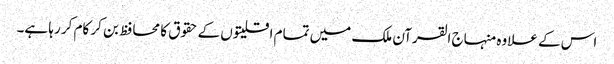
اس کے علاوہ منہاج القرآن ملک میں تمام اقلیتوں کے حقوق کا محافظ بن کر کام کر رہا ہے۔